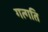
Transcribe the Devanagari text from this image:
गत्गति